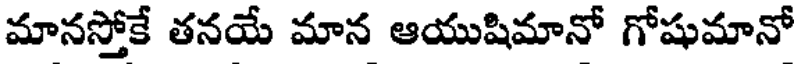
మానస్తోకే తనయే మాన ఆయుషిమానో గోషుమానో